Medical and sanitary report of the native army of Bengal for the year
Year: 1876
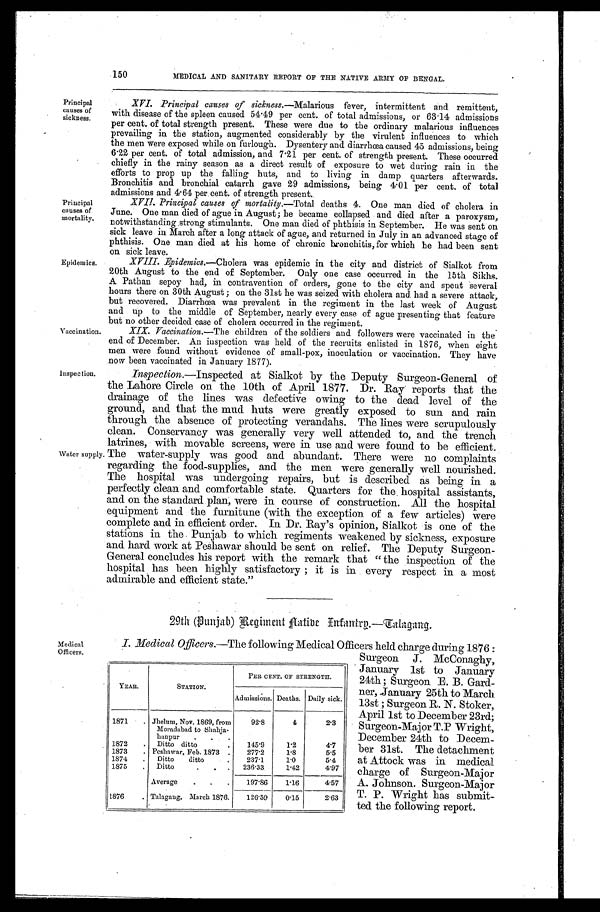
Principal
causes of
sickness.
Principal
causes of
mortality.
Epidemics.
Vaccination.
Inspection.
Water supply
150
MEDICAL AND SANITARY REPORT OF THE NATIVE ARMY OF BENGAL.
XVI. Principal causes of sickness. —Malarious fever, intermittent and remittent,
with disease of the spleen caused 54.49 per cent, of total admissions, or 63.14 admissions
per cent. of total strength present. These were due to the ordinary malarious influences
prevailing in. the station, augmented considerably by the virulent influences to which
the men were exposed while on furlough. Dysentery and diarrhœa caused 45 admissions, being
6.22 per cent. of total admission, and 7.21 per cent. of strength present. These occurred
chiefly in the rainy season as a direct result of exposure to wet during rain in the
efforts to prop up the falling huts, and to living in damp quarters afterwards.
Bronchitis and bronchial catarrh gave 29 admissions, being 4.01 per cent. of total
admissions and 4.64 per cent. of strength present.
XVII. Principal causes of mortality.—Total deaths 4. One man died of cholera in
June. One man died of ague in August; he became collapsed and died after a paroxysm,
notwithstanding strong stimulants. One man died of phthisis in September. He was sent on
sick leave in March after a long attack of ague, and returned in July in an advanced stage of
phthisis. One man died at his home of chronic bronchitis, for which he had been sent
on sick leave.
XVIII. Epidemics. —Cholera was epidemic in the city and district of Sialkot from
20th August to the end of September. Only one case occurred in the 15th Sikhs.
A Pathan sepoy had, in contravention of orders, gone to the city and spent several
hours there on. 30th August; on the 31st he was seized with cholera and had a severe attack,
but recovered. Diarrhœa was prevalent in the regiment in the last week of August
and up to the middle of September, nearly every case of ague presenting that feature
but no other decided case of cholera occurred in the regiment.
XIX. Vaccination. —The children of the soldiers and followers were vaccinated in the
end of December. An inspection was held of the recruits enlisted in 1876, when eight
men were found without evidence of small-pox, inoculation or vaccination. They have
now been vaccinated in January 1877).
Inspection.—Inspected at Sialkot by the Deputy Surgeon-General of
the Lahore Circle on the 10th of April 1877. Dr. Ray reports that the
drainage of the lines was defective owing to the dead level of the
ground, and that the mud huts were greatly exposed to sun and rain
through the absence of protecting verandahs. The lines were scrupulously
clean. Conservancy was generally very well attended to, and the trench
latrines, with movable screens, were in use and were found to be efficient.
The water-supply was good and abundant. There were no complaints
regarding the food-supplies, and the men were generally well nourished.
The hospital was undergoing repairs, but is described as being in a
perfectly clean and comfortable state. Quarters for the hospital assistants,
and on t he st andard pl an, were i n course of const ruct i on. Al l t he hospi t al
equipment and the furnitune (with the exception of a few articles) were
complete and in efficient order. In Dr. Ray's opinion, Sialkot is one of the
stations in the Punjab to which regiments weakened by sickness, exposure
and hard work at Peshawar should be sent on relief. The Deputy Surgeon-
General concludes his report with the remark that "the inspection of the
hospital has been highly satisfactory; it is in every respect in a most
admirable and efficient state."
29th (Punjab) Regiment Native Infantry.—Talagang.
Medical
Officers.
I. Medical Officers. —The following Medical Officers held charge during 1876:
Surgeon J. McConaghy,
January 1st to January
24th; Surgeon E. B. Gard-
ner, January 25th to March
13st; Surgeon R. N. Stoker,
April 1st to December 23rd;
Surgeon-Major T.P Wright,
December 24th to Decem-
ber 31st. The detachment
at Attock was in medical
charge of Surgeon-Major
A. Johnson. Surgeon-Major
T. P. Wright has submit-
ted the following report.
YEAR.
STATION.
PER CENT. OF STRENGTH.
Admissions. Deaths. Daily sick.
1871
Jhelum, Nov. 1869, from
Moradabad to Shahja- h a n p u r
92. 8
4
2.3
1872
Ditto ditto
145.9
1.2
4. 7
1873
Peshawar, Feb. 1873
277.2
1.8
5.5
1874
Ditto ditto
237.1
1.0
5.4
1875
Ditto
236.33
1.42
4.97
Average
197.86
1.16
4.57
1876
Talagang, March 1876. 126.59
0.15
2.63